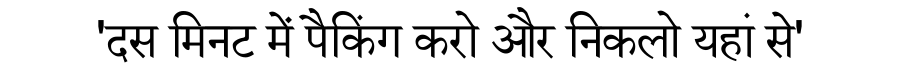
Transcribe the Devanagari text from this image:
'दस मिनट में पैकिंग करो और निकलो यहां से'